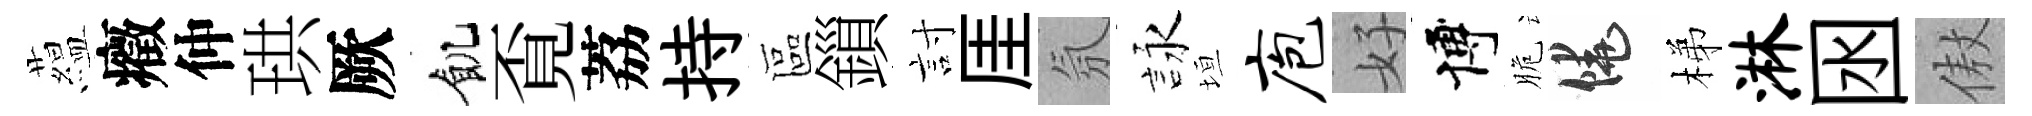
藴癥仲珙厥飢覔荔持區鎻討厓氛詠垣庖好博脆饒梯淋囦傲